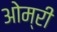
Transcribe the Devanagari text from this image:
ओम्री